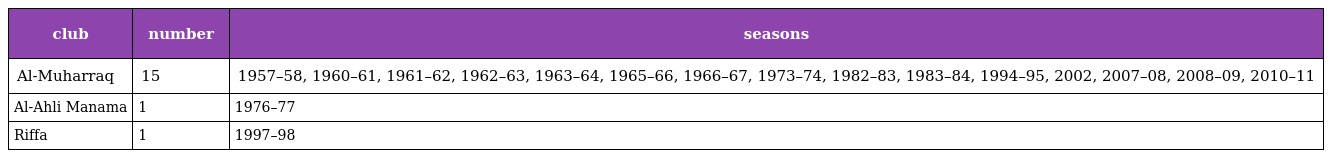
| club | number | seasons |
 | --- | --- | --- |
 | Al-Muharraq | 15 | 1957–58, 1960–61, 1961–62, 1962–63, 1963–64, 1965–66, 1966–67, 1973–74, 1982–83, 1983–84, 1994–95, 2002, 2007–08, 2008–09, 2010–11 |
 | Al-Ahli Manama | 1 | 1976–77 |
 | Riffa | 1 | 1997–98 |